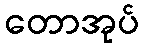
တောအုပ်